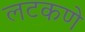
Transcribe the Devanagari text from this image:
लटकणे